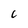
Character: C